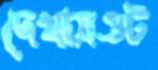
দেখায়ওট